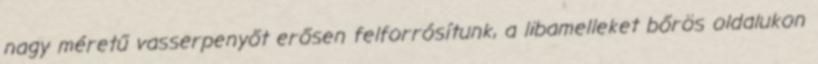
nagy méretű vasserpenyőt erősen felforrósítunk, a libamelleket bőrös oldalukon